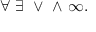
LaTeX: \forall \ \exists \ \vee \ \wedge \ \infty .